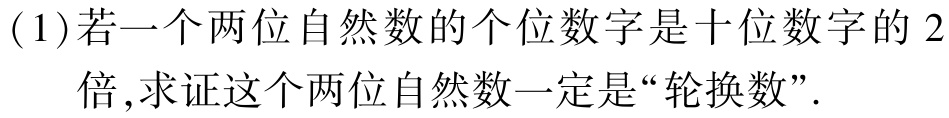
(1)若一个两位自然数的个位数字是十位数字的 2倍,求证这个两位自然数一定是“轮换数”.